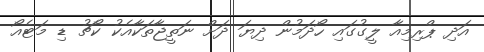
އަދި ޕްރިމިއާ ލީގުގައި ހޯދަމުން ދިޔަ ދަށް ނަތީޖާތަކާއެކު ކޯޗު ޑި މަޓެއޯ